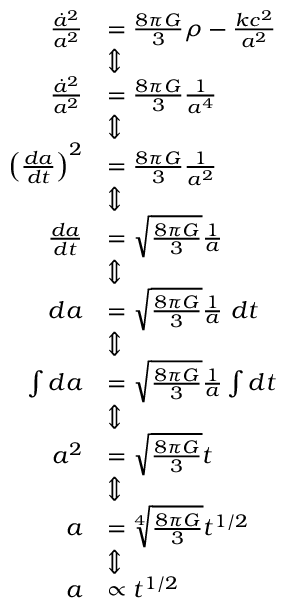
\begin{array} { r l } { \frac { \dot { a } ^ { 2 } } { a ^ { 2 } } } & { = \frac { 8 \pi G } { 3 } \rho - \frac { k c ^ { 2 } } { a ^ { 2 } } } \\ & { \Updownarrow } \\ { \frac { \dot { a } ^ { 2 } } { a ^ { 2 } } } & { = \frac { 8 \pi G } { 3 } \frac { 1 } { a ^ { 4 } } } \\ & { \Updownarrow } \\ { \left( \frac { d a } { d t } \right) ^ { 2 } } & { = \frac { 8 \pi G } { 3 } \frac { 1 } { a ^ { 2 } } } \\ & { \Updownarrow } \\ { \frac { d a } { d t } } & { = \sqrt { \frac { 8 \pi G } { 3 } } \frac { 1 } { a } } \\ & { \Updownarrow } \\ { d a } & { = \sqrt { \frac { 8 \pi G } { 3 } } \frac { 1 } { a } \, \, d t } \\ & { \Updownarrow } \\ { \int d a } & { = \sqrt { \frac { 8 \pi G } { 3 } } \frac { 1 } { a } \int d t } \\ & { \Updownarrow } \\ { a ^ { 2 } } & { = \sqrt { \frac { 8 \pi G } { 3 } } t } \\ & { \Updownarrow } \\ { a } & { = \sqrt [ 4 ] { \frac { 8 \pi G } { 3 } } t ^ { 1 / 2 } } \\ & { \Updownarrow } \\ { a } & { \propto t ^ { 1 / 2 } } \end{array}